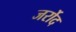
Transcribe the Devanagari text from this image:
जर्रोद